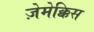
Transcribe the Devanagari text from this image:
ज़ेमेक्किस